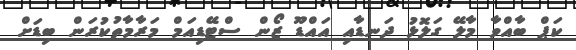
ކަޕް ބާއްވާ މާލޭ ގަލޮޅު ދަނޑާއި އައްޑޫ ޒޯން ސްޓޭޑިއަމް މަރާމާތުކުރަން ބިޑަށް